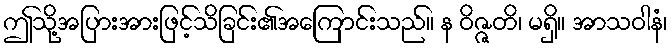
ဤသို့အပြားအားဖြင့်သိခြင်း၏အကြောင်းသည်။ န ဝိဇ္ဇတိ၊ မရှိ။ အာသဝါနံ၊